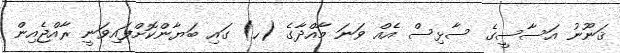
ޤަނޫނު އަސާސީގެ ސާޅިސް އެއް ވަނަ މާއްދާގެ (ހ) ގައި ބަޔާންކޮށްފައިވަނީ ރާއްޖެއިން